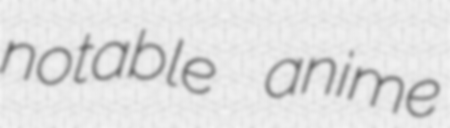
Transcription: notable anime